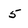
Character: 5